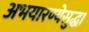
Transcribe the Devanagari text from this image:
अभयारण्येसुद्धा